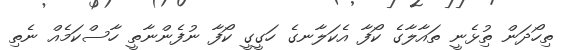
ތިހޯދަން ތިުޅެނީ ތައާލާގެ ކޯފާ އެކަލާނގެ ހަގީގީ ކޯފާ ނުފެންނާތީ ހާސްކަމެއް ނެތި